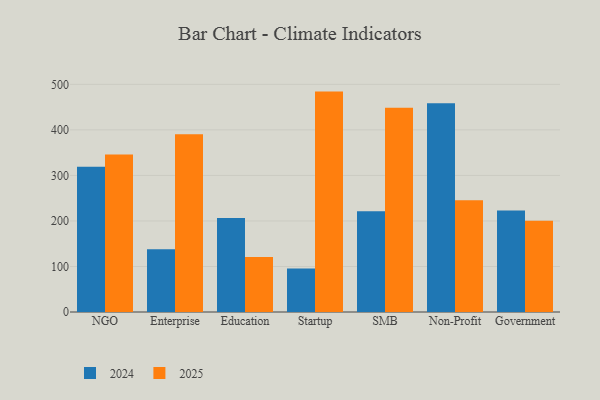
{"axis": {"x": "Segment", "y": "Temperature (°C)"}, "legend": ["2024", "2025"], "data": [{"x": "NGO", "y": 319.1, "type": "2024"}, {"x": "NGO", "y": 345.7, "type": "2025"}, {"x": "Enterprise", "y": 137.9, "type": "2024"}, {"x": "Enterprise", "y": 390.6, "type": "2025"}, {"x": "Education", "y": 206.5, "type": "2024"}, {"x": "Education", "y": 120.7, "type": "2025"}, {"x": "Startup", "y": 95.7, "type": "2024"}, {"x": "Startup", "y": 484.1, "type": "2025"}, {"x": "SMB", "y": 221.4, "type": "2024"}, {"x": "SMB", "y": 448.8, "type": "2025"}, {"x": "Non-Profit", "y": 458.5, "type": "2024"}, {"x": "Non-Profit", "y": 245.4, "type": "2025"}, {"x": "Government", "y": 222.7, "type": "2024"}, {"x": "Government", "y": 200.5, "type": "2025"}]}